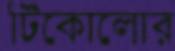
টিকোলোর